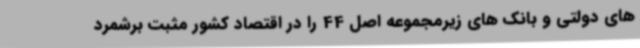
های دولتی و بانک های زیرمجموعه اصل 44 را در اقتصاد کشور مثبت برشمرد